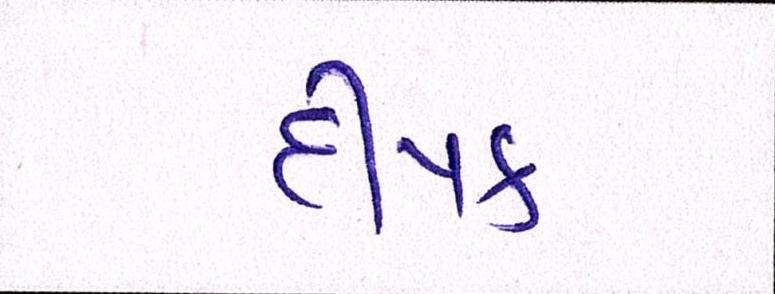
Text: દીપક